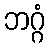
ဘဂ္ဂံ